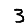
Digit: 3